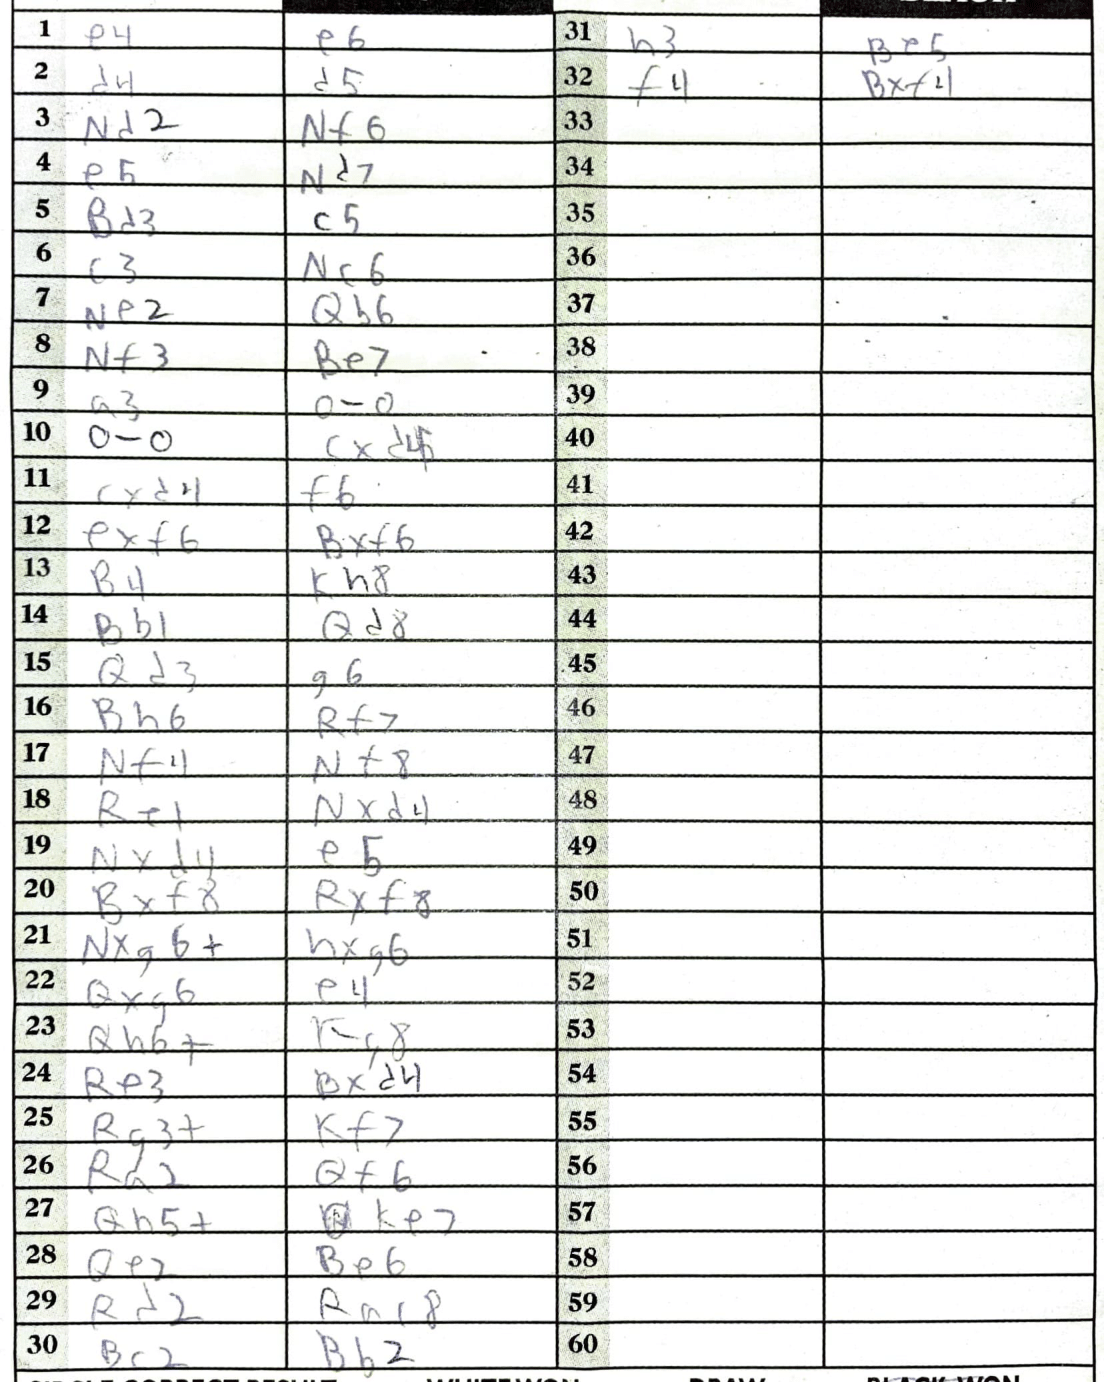
Moves: e4 e6 d4 d5 Nd2 Nf6 e5 Nd7 Bd3 c5 c3 Nc6 Ne2 Qb6 Nf3 Be7 a3 O-O O-O cxd4 cxd4 f6 exf6 Bxf6 B4 Kh8 Bb1 Qd8 Qd3 g6 Bh6 Rf7 Nf4 Nf8 Re1 Nxd4 Nxd4 e5 Bxf8 Rxf8 Nxg6+ hxg6 Qxg6 e4 Qh6+ Kg8 Re3 Bxd4 Rg3+ Kf7 Ra2 Qf6 Qh5+ Ke7 Qe2 Be6 Rd2 Rac8 Bc2 Bb2 h3 Be5 f4 Bxf4